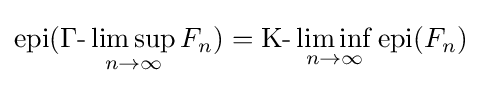
{\text{epi}}(\Gamma {\text{-}}\limsup _{n\to \infty }F_{n})={\text{K}}{\text{-}}\liminf _{n\to \infty }{\text{epi}}(F_{n})